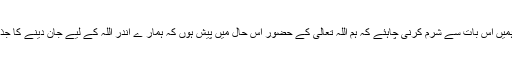
اس لیے ہمیں اس بات سے شرم کرنی چاہئے کہ ہم اللہ تعالٰی کے حضور اس حال میں پیش ہوں کہ ہمار ے اندر اللہ کے لیے جان دینے کا جذبہ نہ ہو ۔